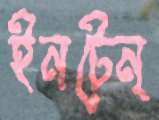
ইনটেন্